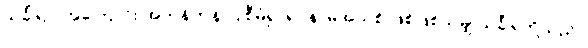
သင်္ခါရာ၊ အကြောင်း အတန်တန် ပြုစီမံ၍ ရုပ်နာမ်အသစ် ဖြစ်ဖြစ်သမျှ သင်္ခါရတို့သည်။